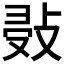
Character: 𢽖